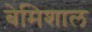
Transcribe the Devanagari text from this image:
बेमिशाल